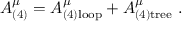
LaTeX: A _ { ( 4 ) } ^ { \mu } = A _ { ( 4 ) \mathrm { l o o p } } ^ { \mu } + A _ { ( 4 ) \mathrm { t r e e } } ^ { \mu } ~ .